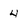
Character: 4